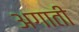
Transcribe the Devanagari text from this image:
अगाती